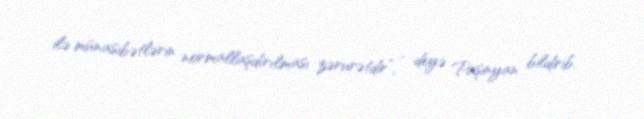
ilə münasibətlərin normallaşdırılması zərurətdir”, - deyə Paşinyan bildirib.